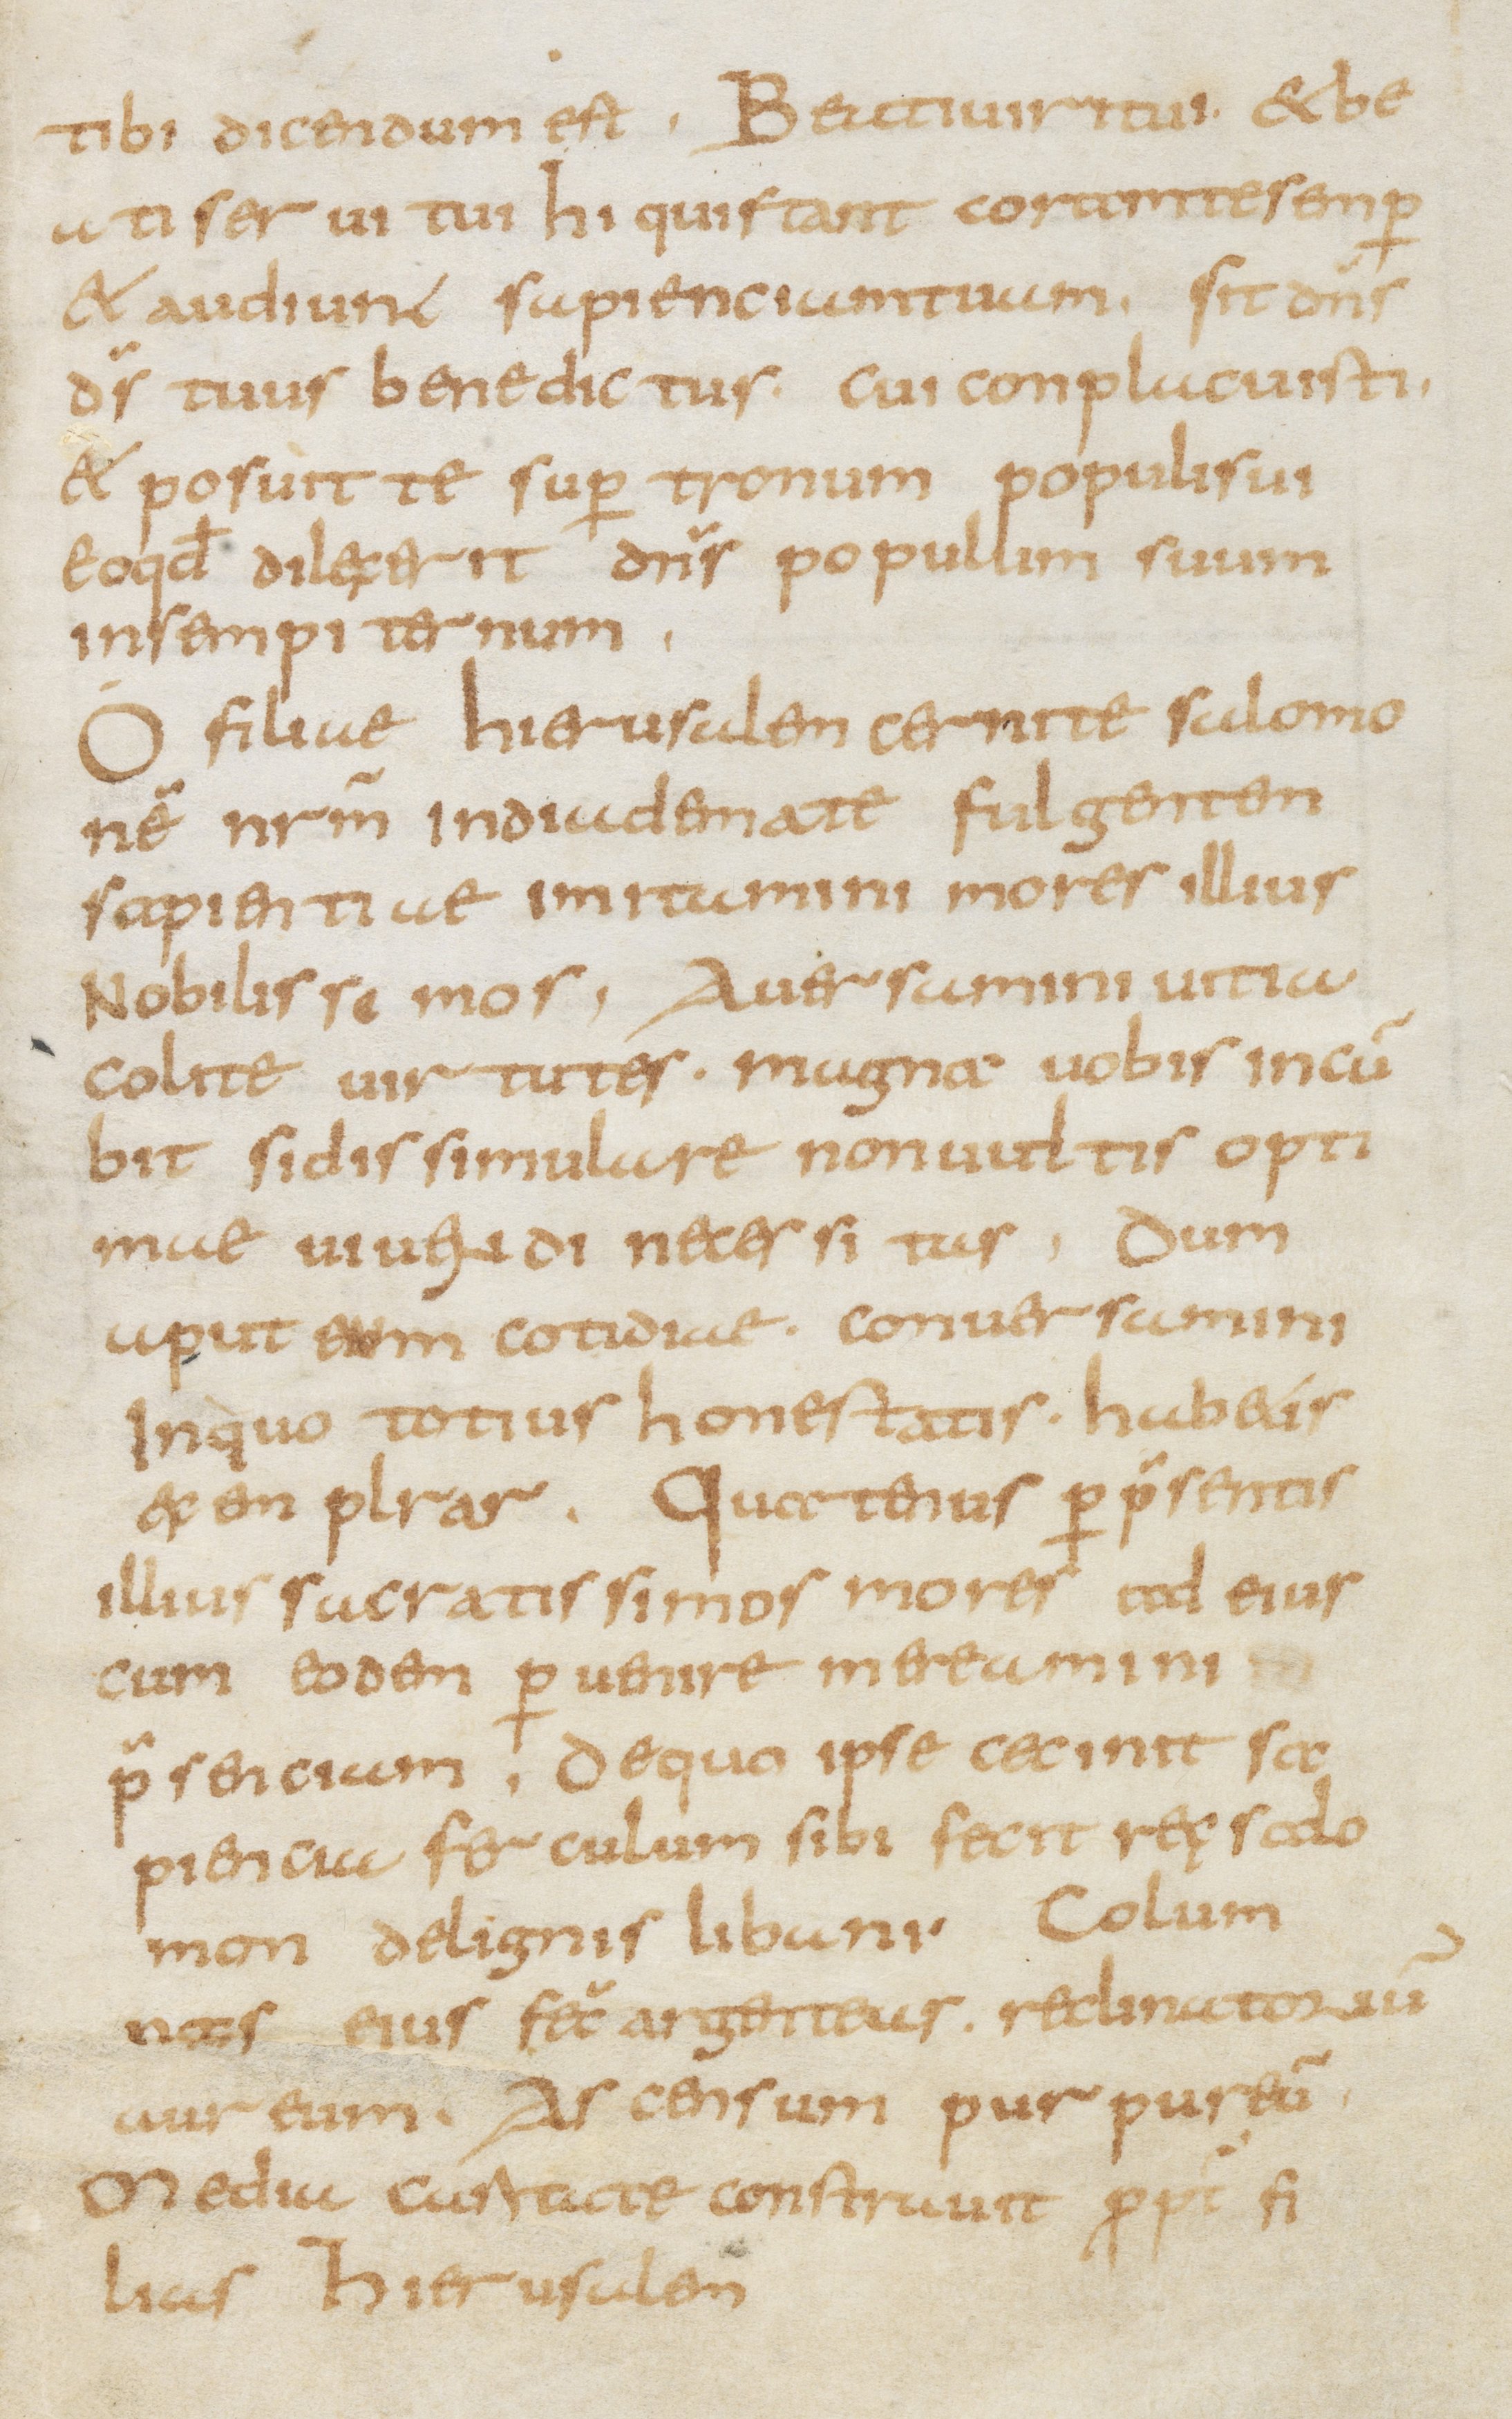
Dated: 800–899